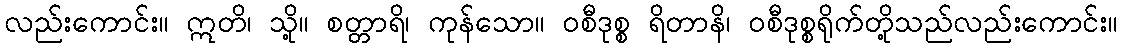
လည်းကောင်း။ ဣတိ၊ သို့။ စတ္တာရိ၊ ကုန်သော။ ဝစီဒုစ္စ ရိတာနိ၊ ဝစီဒုစ္စရိုက်တို့သည်လည်းကောင်း။